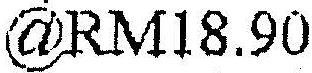
@RM18.90